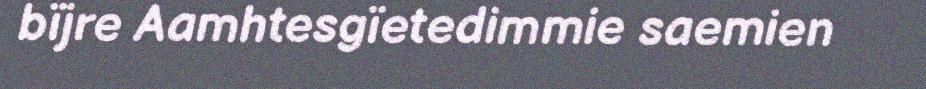
bïjre Aamhtesgïetedimmie saemien